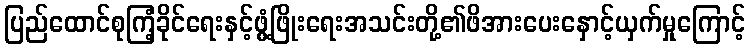
ပြည်ထောင်စုကြံ့ခိုင်ရေးနှင့်ဖွံ့ဖြိုးရေးအသင်းတို့၏ဖိအားပေးနှောင့်ယှက်မှုကြောင့်